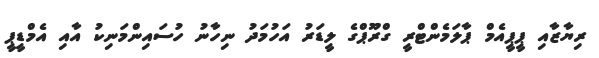
ރިޔާޒާއި ޕީޕީއެމް ޕާލަމެންޓްރީ ގްރޫޕްގެ ލީޑަރު އަހުމަދު ނިހާނު ހުސައިންމަނިކު އާއި އެމްޑީޕީ